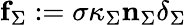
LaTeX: \mathbf{f}_{\Sigma}:=\sigma\kappa_{\Sigma}\mathbf{n}_{\Sigma}\delta_{\Sigma}